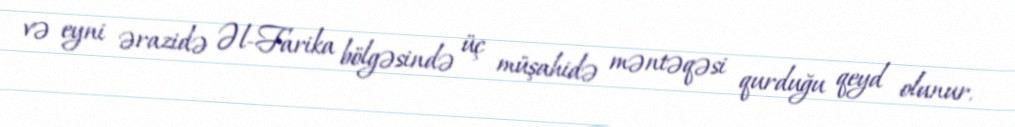
və eyni ərazidə Əl-Farika bölgəsində üç müşahidə məntəqəsi qurduğu qeyd olunur.